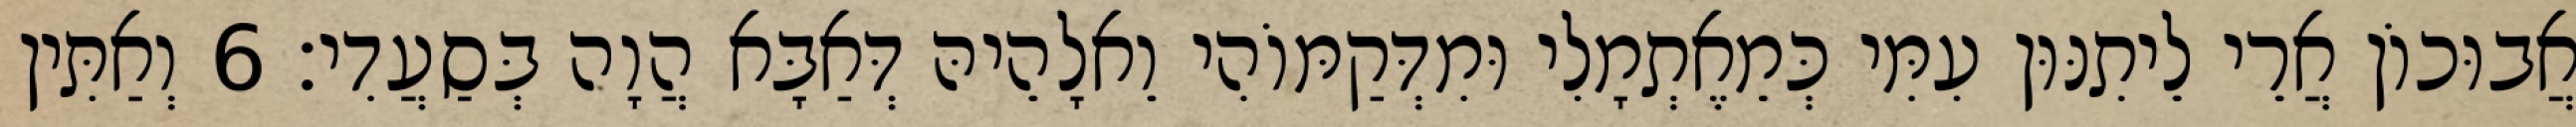
אֲבוּכוֹן אֲרֵי לֵיתִנּוּן עִמִּי כְּמֵאֶתְמָלִי וּמִדְּקַמּוֹהִי וֵאלָהֵיהּ דְּאַבָּא הֲוָה בְּסַעֲדִי׃ 6 וְאַתִּין